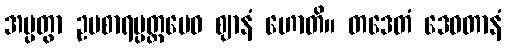
အပ္ပတွာ ဥပစာရပ္ပတ္တမေဝ ဈာနံ ဟောတိ။ တဒေတံ ဒေဝတာနံ